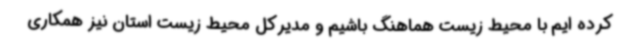
کرده ایم با محیط زیست هماهنگ باشیم و مدیرکل محیط زیست استان نیز همکاری